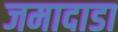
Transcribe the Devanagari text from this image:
जमादाडा